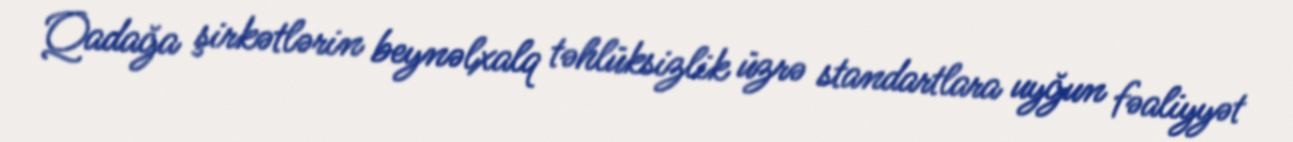
Qadağa şirkətlərin beynəlxalq təhlüksizlik üzrə standartlara uyğun fəaliyyət